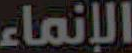
الإنماء